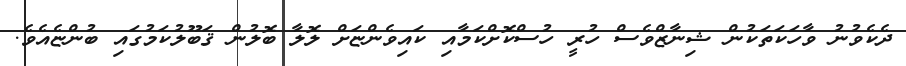
ދެކެވުނު ވާހަކަތަކުން ޝިނާޒްވެސް ހުރީ ހުސްކޮށްކަމާއި ކައިވެންޏަށް ލޮލާ ބޮލުން ޤަބޫލުކަމުގައި ބުންޏެއެވެ.